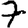
Digit: 7